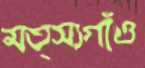
মত্স্যগাঁও